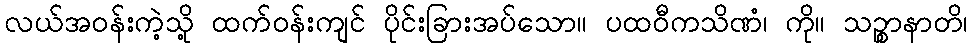
လယ်အဝန်းကဲ့သို့ ထက်ဝန်းကျင် ပိုင်းခြားအပ်သော။ ပထဝီကသိဏံ၊ ကို။ သဉ္စာနာတိ၊